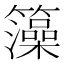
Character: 𮆼